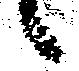
候